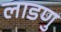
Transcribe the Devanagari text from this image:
लाडणु